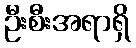
ဦးစီးအရာရှိ